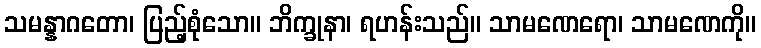
သမန္နာဂတော၊ ပြည့်စုံသော။ ဘိက္ခုနာ၊ ရဟန်းသည်။ သာမဏေရော၊ သာမဏေကို။